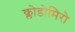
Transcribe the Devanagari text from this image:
क्लोडोमिरो